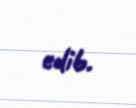
edib.